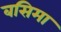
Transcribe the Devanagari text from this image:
बसिमा